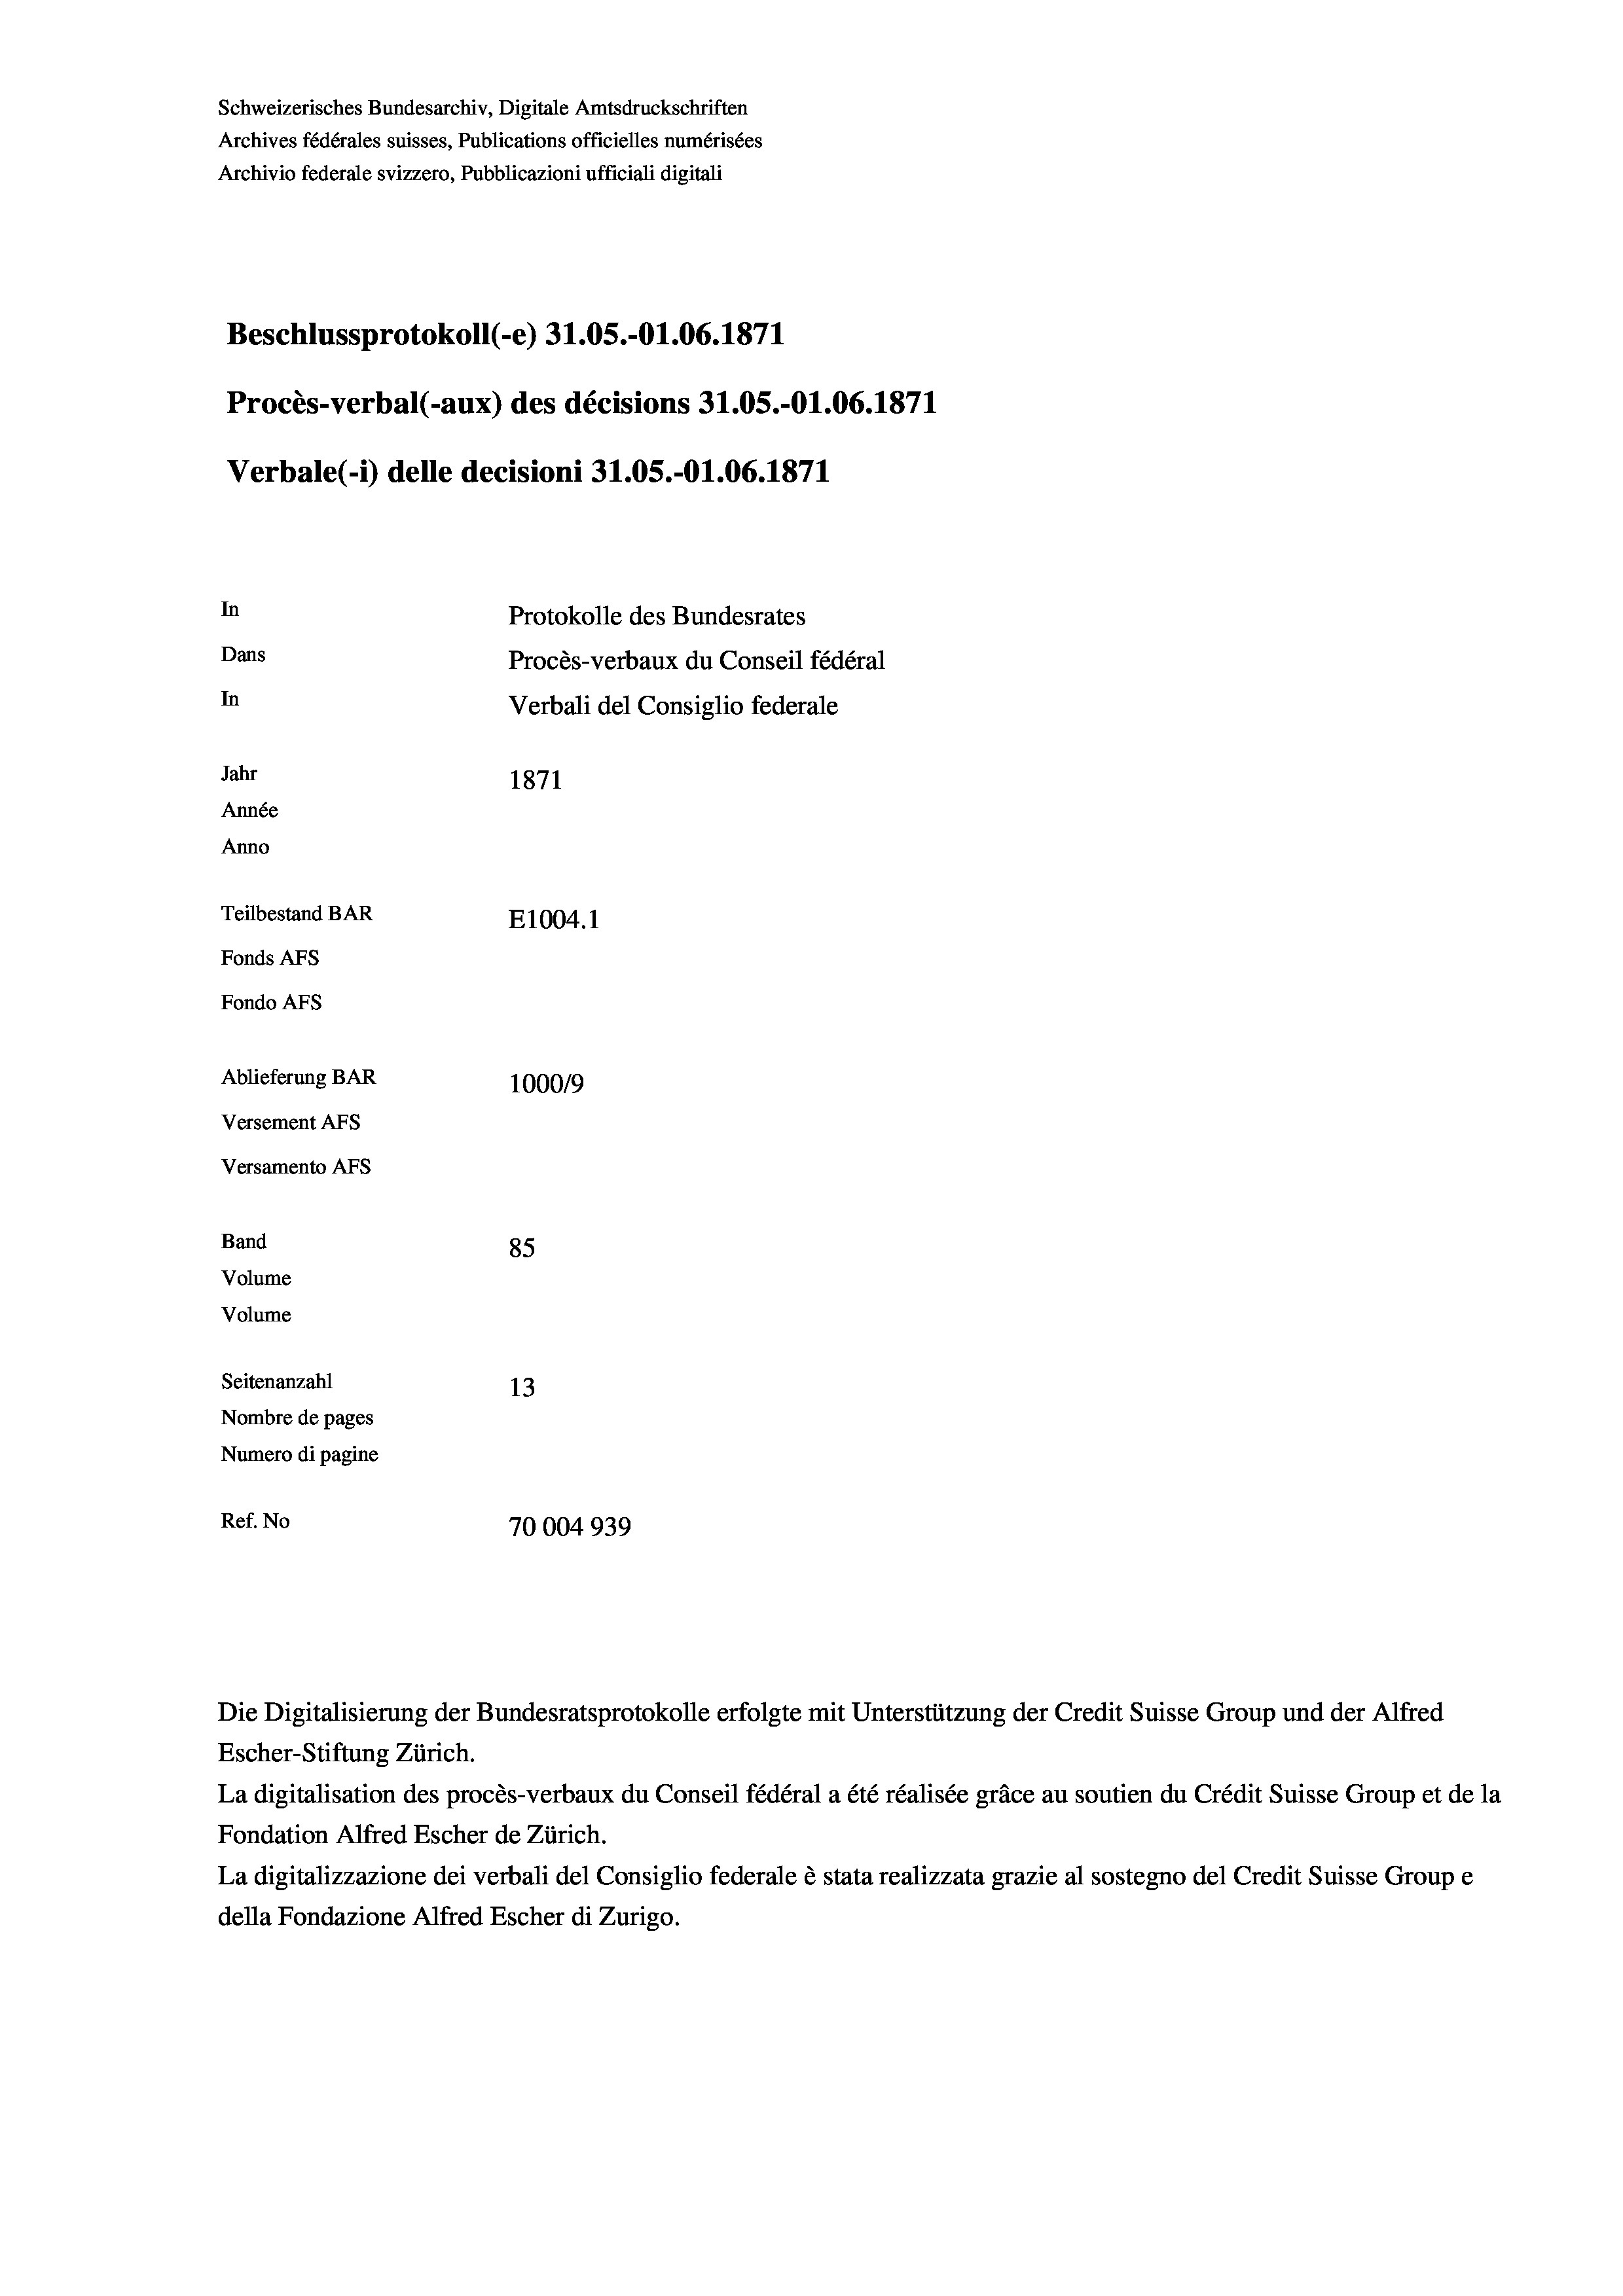
Beschlussprotokoll (-e) 31.05.-O1.06. 1871
Procès-verbal (-aux) des décisions 31.05.-O1.06. 1871
In
Protokolle des Bundesrates
Dans
Procès-verbaux du Conseil fédéral
In
Verbali del Consiglio federale
Jahr
1871
Année
Anno
Teilbestand BAR
E1004. 1
Fonds AFs
Fondo Afs

Ablieferung BAR
Versement AFs
Versamento AFs
Band
Volume
Volume
Seitenanzahl

Schweizerisches Bundesarchiv, Digitale Amtsdruckschriften
Archives fédérales suisses, Publications officielles numérisées

Archivio federale svizzero, Pubblicazioni ufficiali digitali

Verbale (- 1) delle decisioni 31.05.-O1.06. 1871

85
13
Nombre de pages
Numero di pagine
Ref. No
70004939

100019

Escher-Stiftung Zürich.
La digitalisation des procès-verbaux du Conseil fédéral a été réalisée gräce au soutien du Crédit Suisse Group et de la
Fondation Alfred Escher de Zürich.
La digitalizzazione dei verbali del Consiglio federale è stata realizzata grazie al sostegno del Credit Suisse Groupe
della Fondazione Alfred Escher di Zurigo.

Die Digitalisierung der Bundesratsprotokolle erfolgte mit Unterstützung der Credit Suisse Group und der Alfred